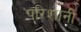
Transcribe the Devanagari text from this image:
परिशानी